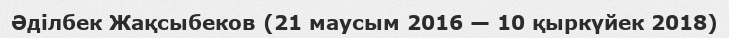
Әділбек Жақсыбеков (21 маусым 2016 — 10 қыркүйек 2018)